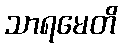
သာရမေတိ